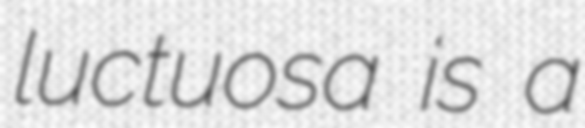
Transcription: luctuosa is a